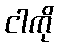
ငါကို